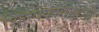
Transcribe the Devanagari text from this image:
शिल्पकारांसाठी